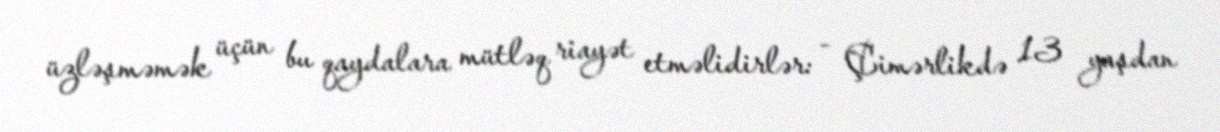
üzləşməmək üçün bu qaydalara mütləq riayət etməlidirlər: - Çimərlikdə 13 yaşdan